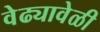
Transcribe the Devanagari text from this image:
वेढ्यावेळी